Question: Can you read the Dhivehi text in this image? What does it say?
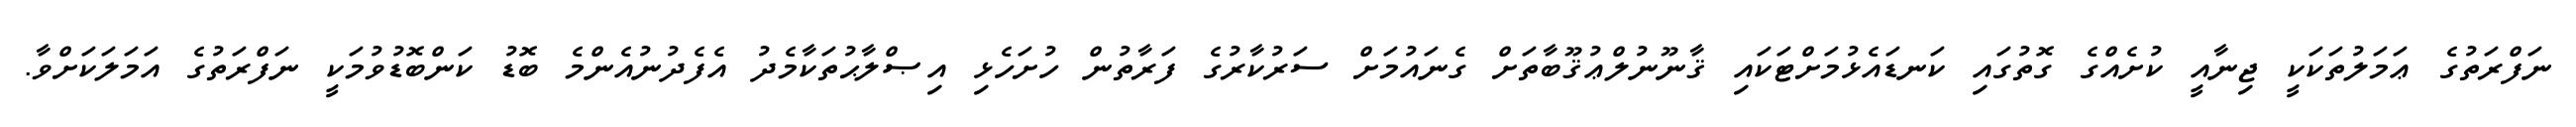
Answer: ނަފްރަތުގެ ޢަމަލުތަކަކީ ޖިނާއީ ކުށެއްގެ ގޮތުގައި ކަނޑައެޅުމަށްޓަކައި ޤާނޫނުލްޢުޤޫބާތަށް ގެނައުމަށް ސަރުކާރުގެ ފަރާތުން ހުށަހެޅި އިޞްލާޙުތަކާމެދު އެފެދުނުއެންމެ ބޮޑު ކަންބޮޑުވުމަކީ ނަފްރަތުގެ އަމަލަކަށްވާ.